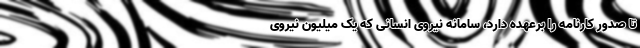
تا صدور کارنامه را برعهده دارد، سامانه نیروی انسانی که یک میلیون نیروی